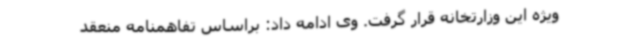
ویژه این وزارتخانه قرار گرفت. وی ادامه داد: براساس تفاهمنامه منعقد